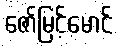
ဇော်မြင့်မောင်